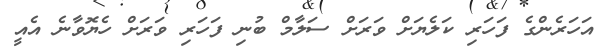
އަހަރެންގެ ފަހަރި ކަލެޔަށް ވަރަށް ސަލާމް ބުނި ފަހަރި ވަރަށް ހެޔޮވާނެ އެއީ